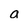
Character: a